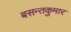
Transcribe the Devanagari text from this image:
बसन्तकुमार